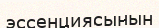
эссенциясынын